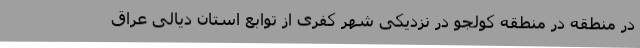
در منطقه در منطقه کولجو در نزدیکی شهر کفری از توابع استان دیالی عراق